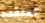
تعتقده